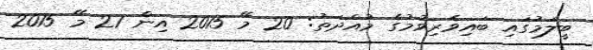
ބީލަމުގައި ބައިވެރިވުމުގެ މުއްދަތު: 20 މޭ 2015 އިން 27 މޭ 2015